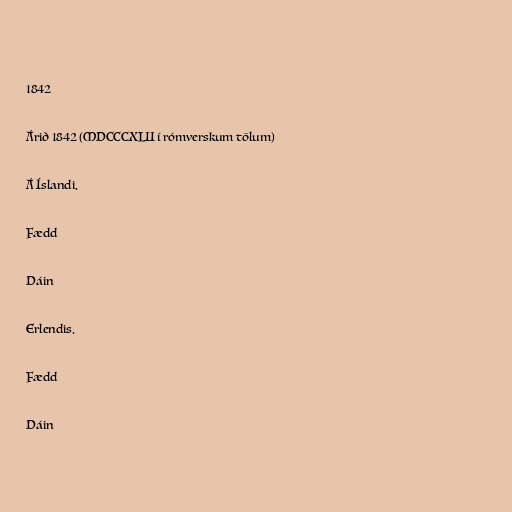
1842

Árið 1842 (MDCCCXLII í rómverskum tölum)

Á Íslandi.

Fædd

Dáin

Erlendis.

Fædd

Dáin